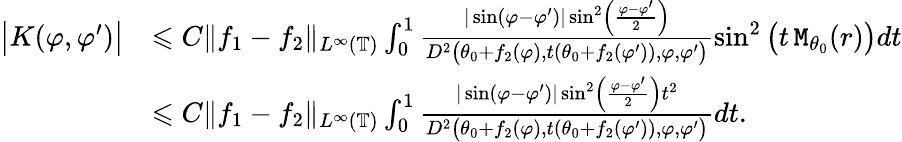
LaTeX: \begin{array}{rl}{\big|K(\varphi,\varphi^{\prime})\big|}&{\leqslant C\| f_{1}-f_{2}\| _{L^{\infty}(\mathbb{T})}\int_{0}^{1}\frac{|\sin(\varphi-\varphi^{\prime})|\sin^{2}\left(\frac{\varphi-\varphi^{\prime}}{2}\right)}{D^{2}\big(\theta_{0}+f_{2}(\varphi),t(\theta_{0}+f_{2}(\varphi^{\prime})),\varphi,\varphi^{\prime}\big)}\sin^{2}\big(t\, \mathtt{M}_{\theta_{0}}(r)\big)dt}\\ &{\leqslant C\| f_{1}-f_{2}\| _{L^{\infty}(\mathbb{T})}\int_{0}^{1}\frac{|\sin(\varphi-\varphi^{\prime})|\sin^{2}\left(\frac{\varphi-\varphi^{\prime}}{2}\right)t^{2}}{D^{2}\big(\theta_{0}+f_{2}(\varphi),t(\theta_{0}+f_{2}(\varphi^{\prime})),\varphi,\varphi^{\prime}\big)}dt.}\end{array}